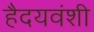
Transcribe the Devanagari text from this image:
हैदयवंशी